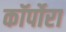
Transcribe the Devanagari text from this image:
कॉर्पोरा